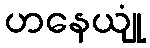
ဟနေယျုံ